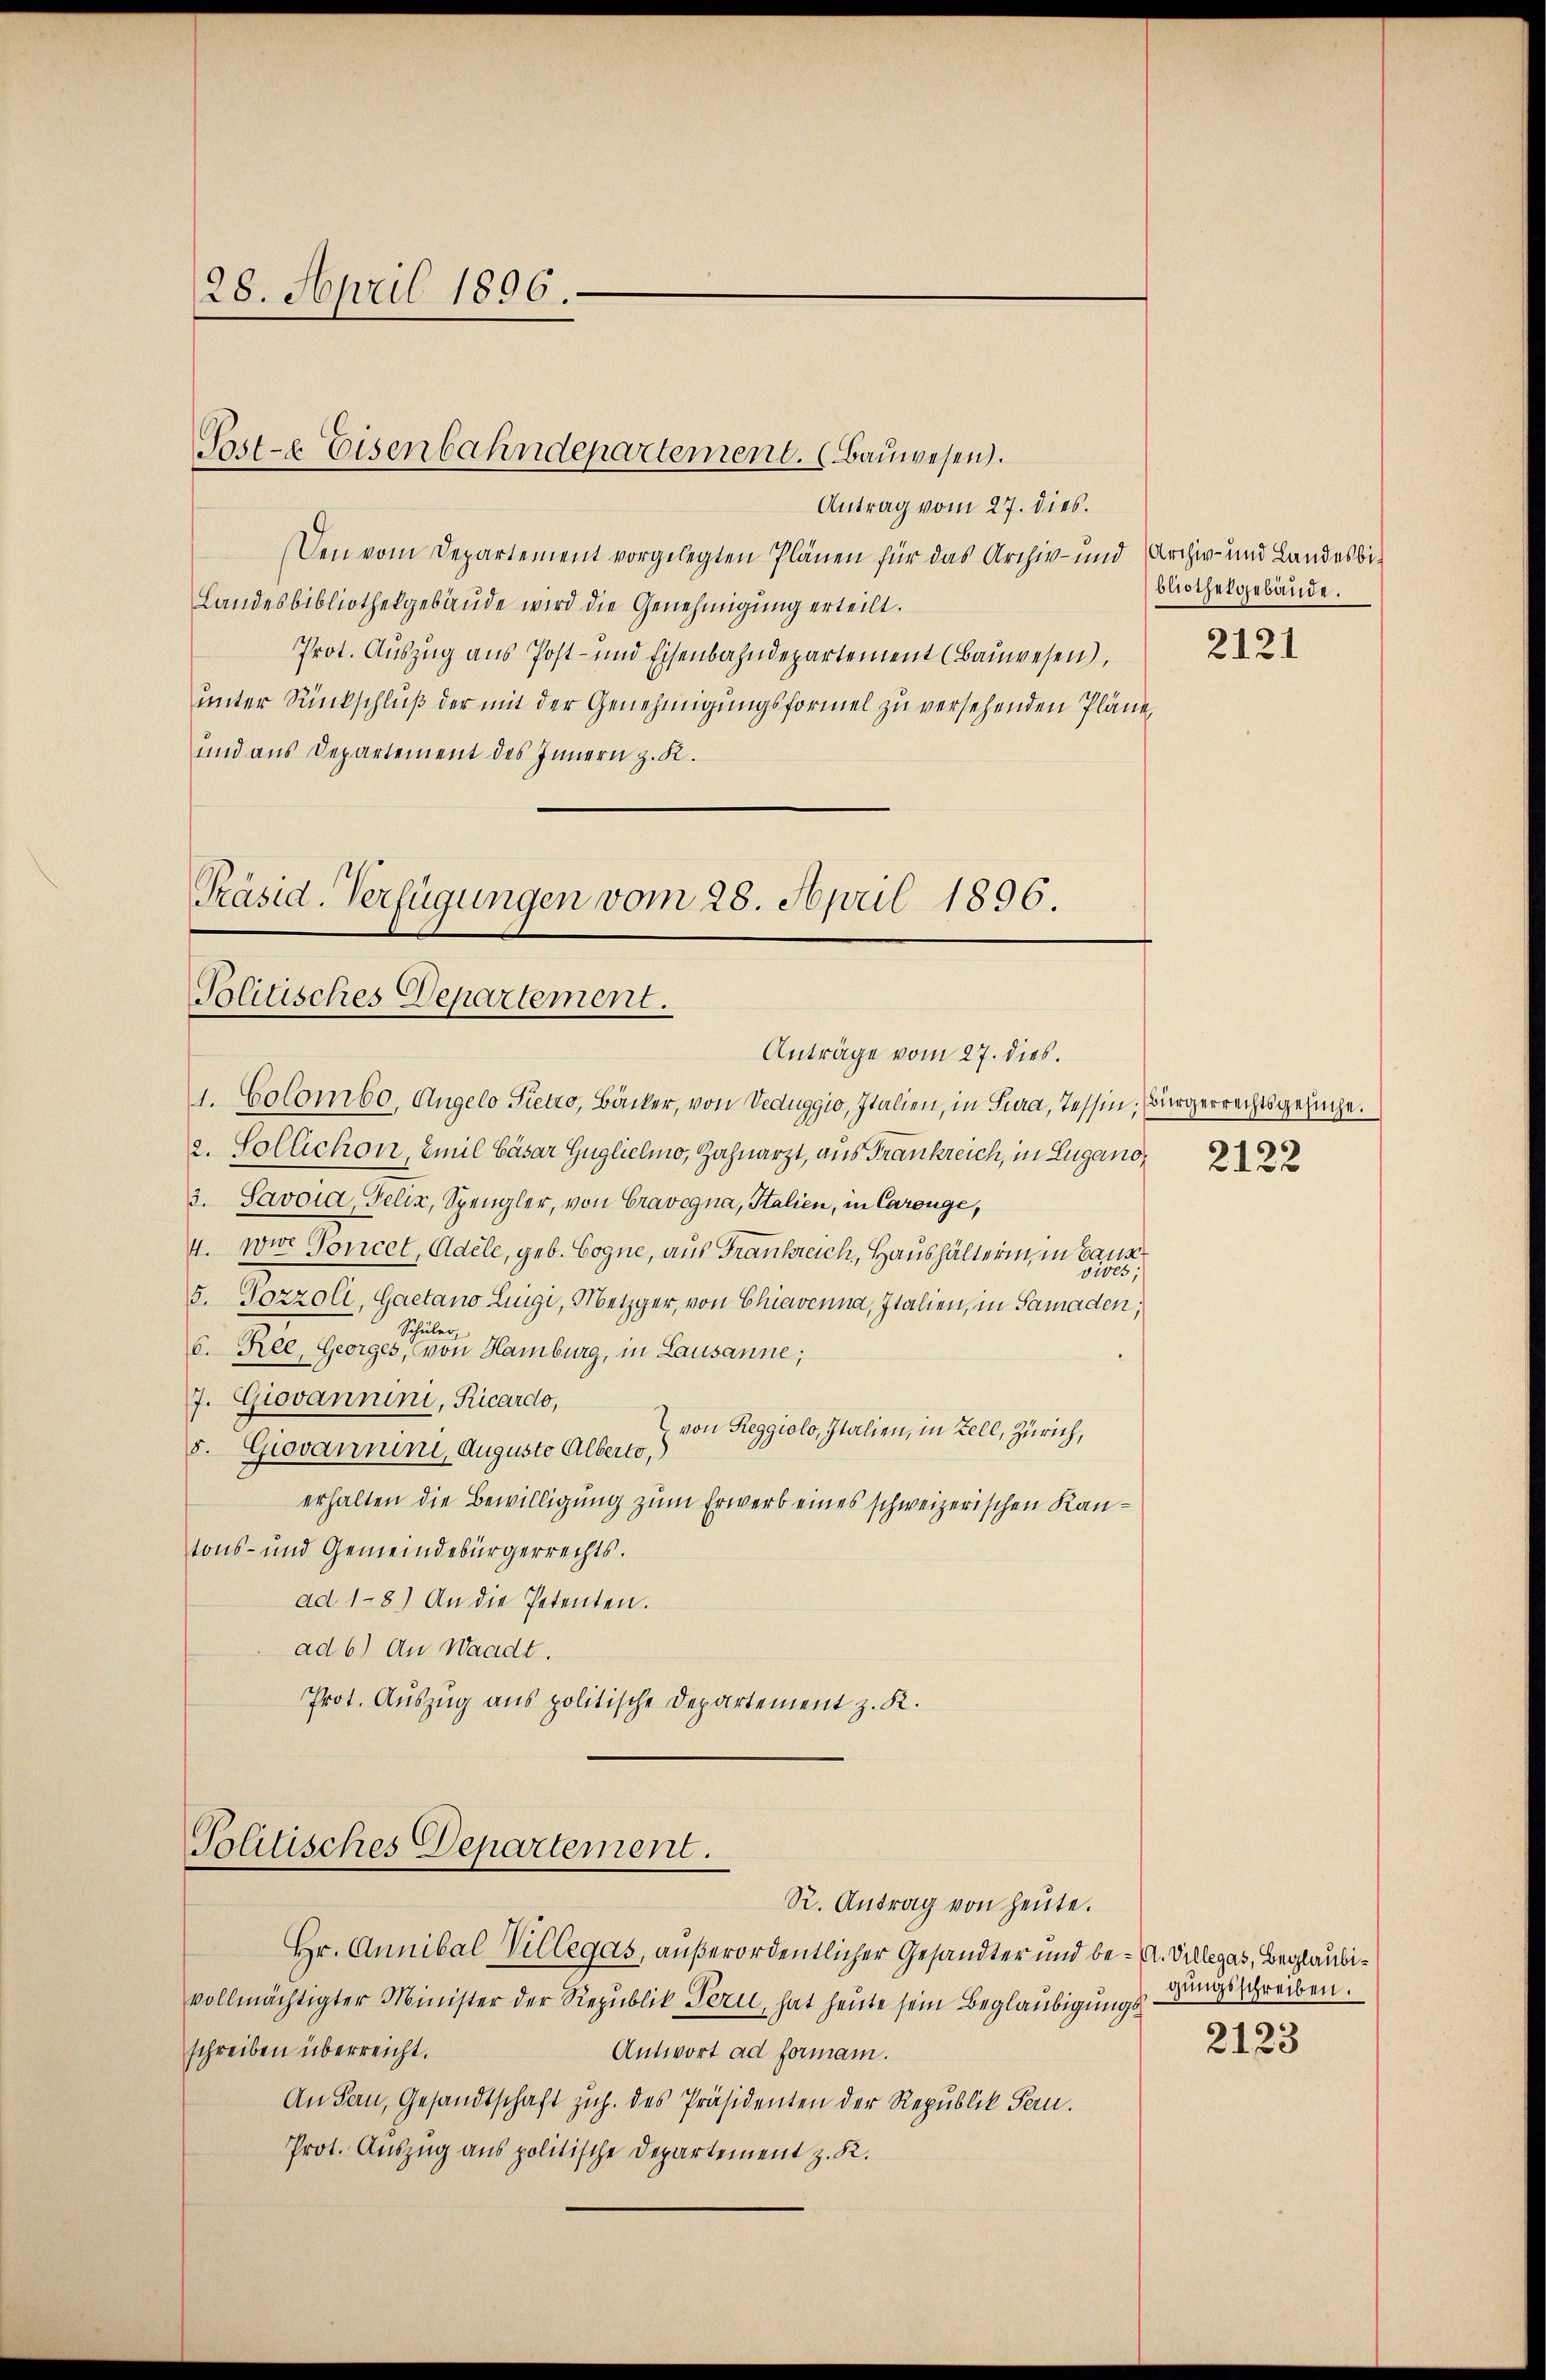
28. April 1896.

Antrag vom 27. dies.
Den vom Departement vorgelegten Plänen für das Archiv- und Archiv- und Landesbi-
Landesbibliothekgebäude wird die Genehmigung erteilt.
Prot. Auszug aus Post- und Eisenbahndepartement (Bauwesen),
unter Rückschluß der mit der Genehmigungsformel zu versehenden Pläne,
und aus Departement des Innern z. K.
Präsid. Verfügungen vom 28. April 1896.

Post-e Eisenbahndepartement. (Bauwesen.

Politisches Departement.
Anträge vom 27. dies.

1. Colombo, Augelo Pietro, Bäcker, von Veduggio, Italien, in Sura, Tessin, Bürgerrechtsgesuche.
2. Sollichon, Emil Cäsar Gugliclio, Zahnarzt, aus Frankreich, in Lugano¬
3. Savoia, Felix, Spengler, von Cravegna, Italien, in Carouge,
4. wie Toncet, Adele, geb. Cogne, aus Frankreich, Haushälterin, in de
5. Pozzoli, Gaetano Luigi, Metzger, von Chiavenna, Italien, in Samaden,
Schüler,
6. Ree, Georges, von Hamburg, in Lausanne;
7. Giovannini, Ricardo,
von Reggiolo, Italien, in Zell, Zürich,
5. Giovannini, Augusto Alberto,
erhalten die Bewilligung zum Erwerb eines schweizerischen Kantons- und Gemeindebürgerrechts.
ad 1-8) An die Petenten.
ad 6) An Waadt.
Prot. Auszug aus politische Departement z. K.

Politisches Departement.

R. Antrag von heute.
Hr. Annibal Villegas, außerordentlicher Gesandter und be- A. Villegas, Beglaubivollmächtigter Minister der Republik Peri, hat heute sein Beglaubigung
schreiben überreicht.
Antwort ad forman.
An Frn, Gesandtschaft zu. des Präsidenten der Republik Fern.
Prot. Auszug aus politische Departement z. R.

bliothekgebäude.

2121

2122

gungsschreiben.

2123